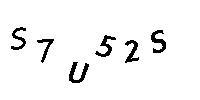
S7U52S